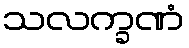
သလက္ခဏံ